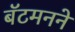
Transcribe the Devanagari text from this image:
बॅटमनने